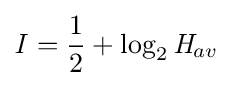
{\mathit {I}}={\frac {1}{2}}+\log _{2}{\mathit {H}}_{av}